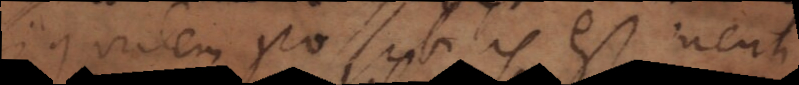
si quidem possibilis est menti